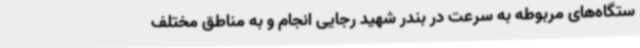
ستگاه‌های مربوطه به سرعت در بندر شهید رجایی انجام و به مناطق مختلف